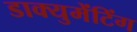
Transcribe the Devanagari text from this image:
डाक्युमेंटिंग